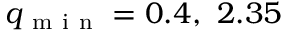
q _ { \mathrm { ~ m ~ i ~ n ~ } } = 0 . 4 , \ 2 . 3 5